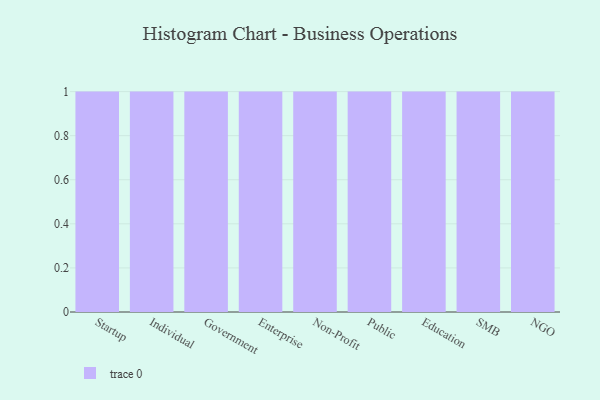
{"axis": {"x": "Segment", "y": "Churn Rate (%)"}, "legend": [""], "data": [{"x": "Startup", "y": 38, "type": ""}, {"x": "Individual", "y": 45, "type": ""}, {"x": "Government", "y": 48, "type": ""}, {"x": "Enterprise", "y": 39, "type": ""}, {"x": "Non-Profit", "y": 88, "type": ""}, {"x": "Public", "y": 42, "type": ""}, {"x": "Education", "y": 29, "type": ""}, {"x": "SMB", "y": 36, "type": ""}, {"x": "NGO", "y": 51, "type": ""}]}